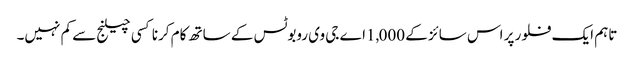
تاہم ایک فلور پر اس سائز کے 1,000اے جی وی روبوٹس کے ساتھ کام کرنا کسی چیلنج سے کم نہیں۔